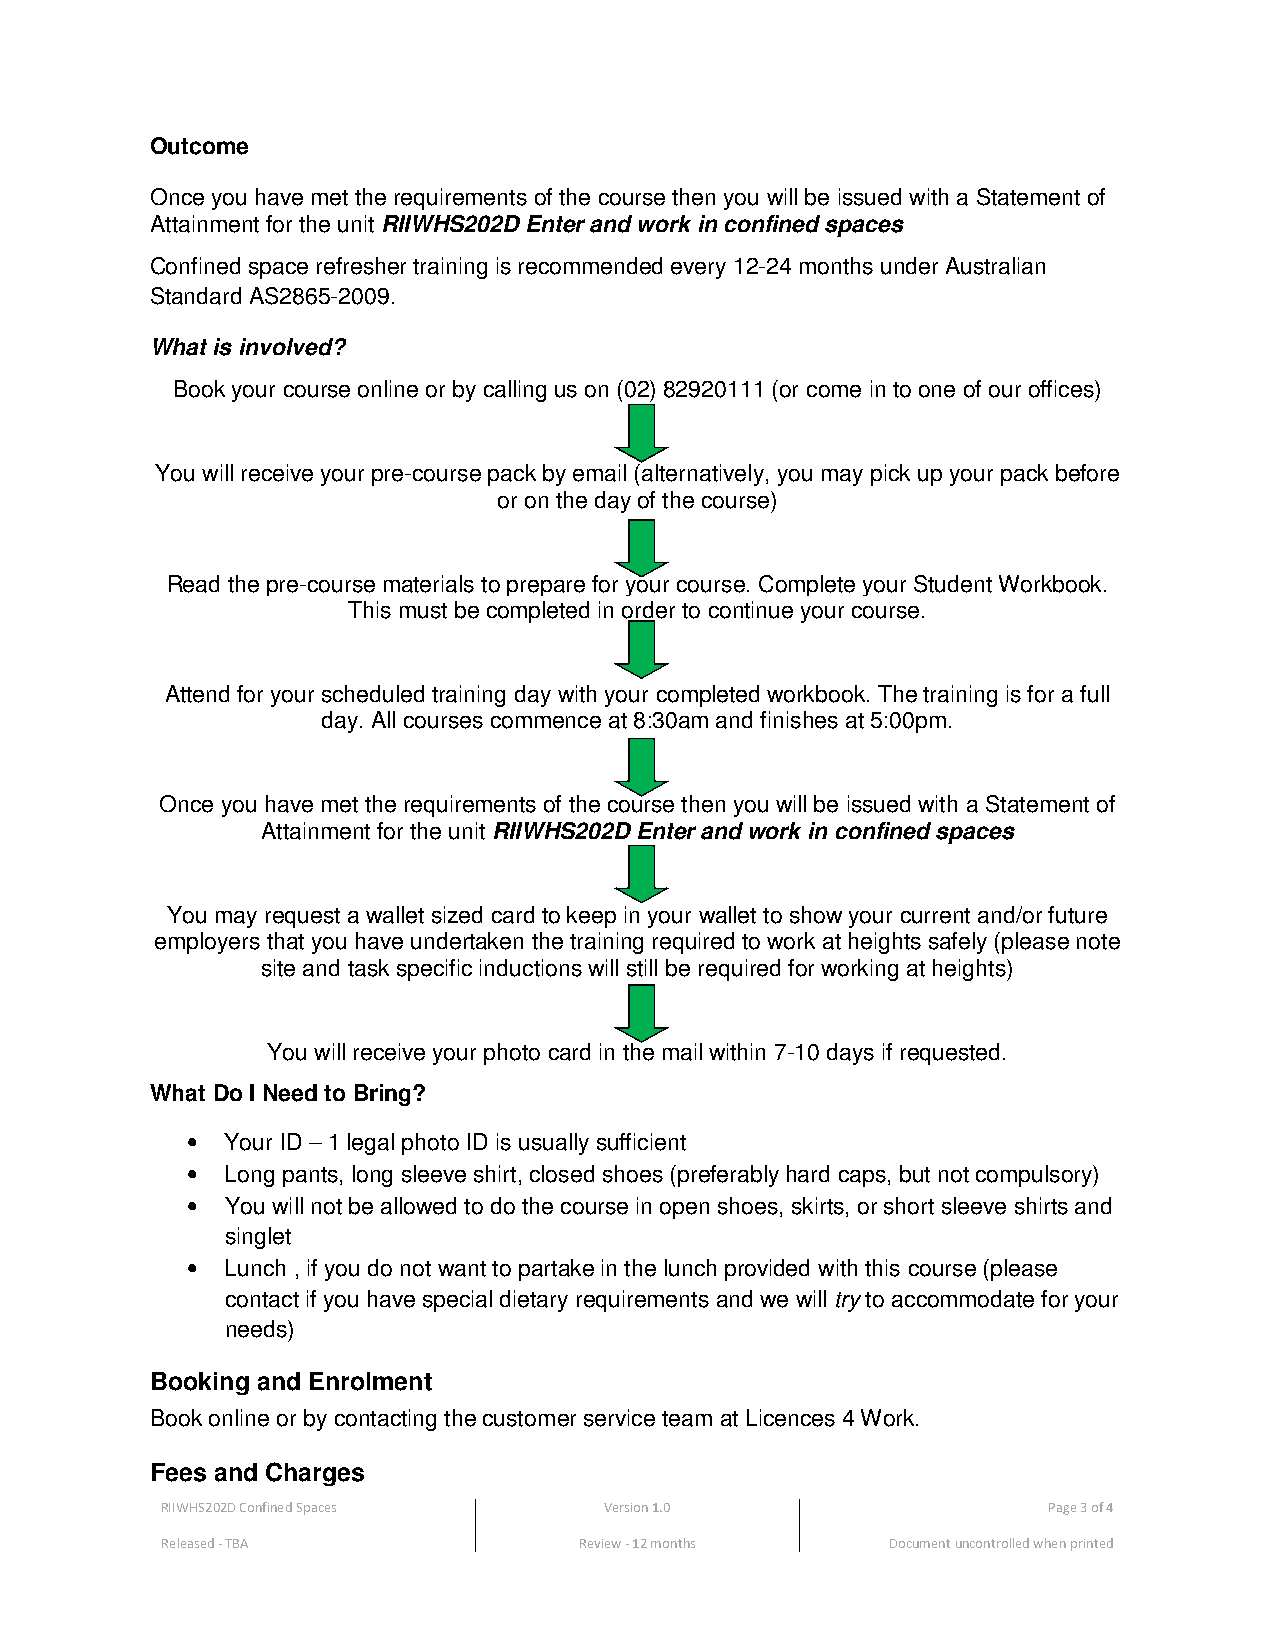
Outcome
 Once you have met the requirements of the course then you will be issued with a Statement of
 Attainment for the unit RIIWHS202D Enter and work in confined spaces
 Confined space refresher training is recommended every 12-24 months under Australian
 Standard AS2865-2009.
 What is involved?
 Book your course online or by calling us on (02) 82920111 (or come in to one of our offices)
 You will receive your pre-course pack by email (alternatively, you may pick up your pack before
 or on the day of the course)
 Read the pre-course materials to prepare for your course. Complete your Student Workbook.
 This must be completed in order to continue your course.
 Attend for your scheduled training day with your completed workbook. The training is for a full
 day. All courses commence at 8:30am and finishes at 5:00pm.
 Once you have met the requirements of the course then you will be issued with a Statement of
 Attainment for the unit RIIWHS202D Enter and work in confined spaces
 You may request a wallet sized card to keep in your wallet to show your current and/or future
 employers that you have undertaken the training required to work at heights safely (please note
 site and task specific inductions will still be required for working at heights)
 You will receive your photo card in the mail within 7-10 days if requested.
 What Do I Need to Bring?
 •  Your ID – 1 legal photo ID is usually sufficient
 •  Long pants, long sleeve shirt, closed shoes (preferably hard caps, but not compulsory)
 •  You will not be allowed to do the course in open shoes, skirts, or short sleeve shirts and
 singlet
 •  Lunch , if you do not want to partake in the lunch provided with this course (please
 contact if you have special dietary requirements and we will try to accommodate for your
 needs)
 Booking and Enrolment
 Book online or by contacting the customer service team at Licences 4 Work.
 Fees and Charges
 RIIWHS202D Confined Spaces   Version 1.0                  Page 3 of 4
 Released - TBA             Review - 12 months   Document uncontrolled when printed